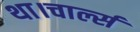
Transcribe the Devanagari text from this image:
था।चार्ल्स